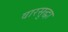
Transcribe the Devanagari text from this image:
वारसुद्धा